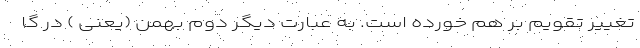
تغییر تقویم بر هم خورده است. به عبارت دیگر دوم بهمن (یعنی ) در گا